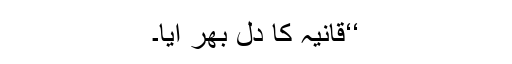
‘‘قانیہ کا دل بھر آیا۔